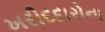
ખરીદદારોના